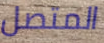
المتصل